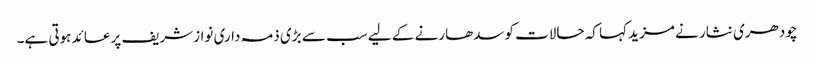
چودھری نثار نے مزید کہا کہ حالات کوسدھارنے کے لیے سب سے بڑی ذمہ داری نوازشریف پرعائد ہوتی ہے۔